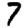
Digit: 7